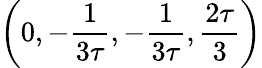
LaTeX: \left(0,-\frac{1}{3\tau},-\frac{1}{3\tau},\frac{2\tau}{3}\right)